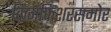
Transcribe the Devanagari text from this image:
किंगफिशरसमोर